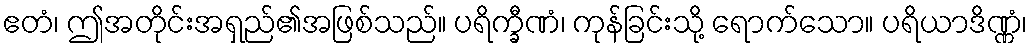
ဧတံ၊ ဤအတိုင်းအရှည်၏အဖြစ်သည်။ ပရိက္ခီဏံ၊ ကုန်ခြင်းသို့ ရောက်သော။ ပရိယာဒိဏ္ဏံ၊